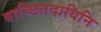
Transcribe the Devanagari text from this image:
वाच्छितदायिनि